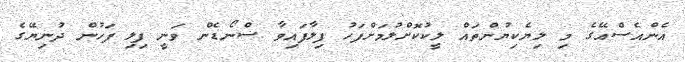
އެންއެސްއޭގެ މި ލިޔެކިޔުންތައް ލީކުކޮށްލުމަށްފަހު ފިލާފައިވާ ސްނޯޑެން ވަނީ ފިލި ފަހުން ދުނިޔޭގެ